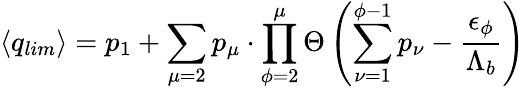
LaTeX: \langle q_{lim}\rangle=p_{1}+\sum_{\mu=2}p_{\mu}\cdot\prod_{\phi=2}^{\mu}\Theta\left(\sum_{\nu=1}^{\phi-1}p_{\nu}-\frac{{\epsilon}_{\phi}}{{\Lambda}_{b}}\right)